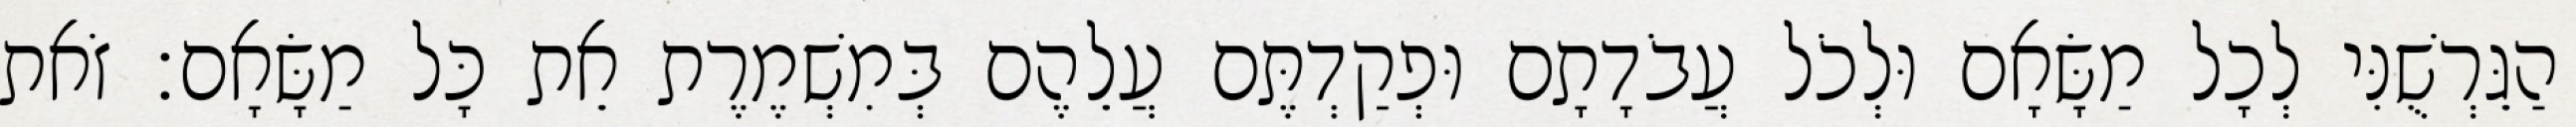
הַגֵּרְשֻׁנִּי לְכָל מַשָּׂאָם וּלְכֹל עֲבֹדָתָם וּפְקַדְתֶּם עֲלֵהֶם בְּמִשְׁמֶרֶת אֵת כָּל מַשָּׂאָם׃ זֹאת